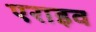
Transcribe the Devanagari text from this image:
एराइव